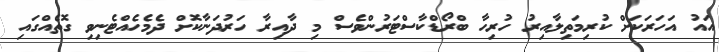
އައު އަހަރަކަށް ކުރިމަތިލާއިރު ހުރިހާ ބްރޯޑްކާސްޓަރުންވެސް މި ދާއިރާ ހަރުދަނާކޮށް ދެމެހެއްޓެނިވި ގޮތެއްގައި